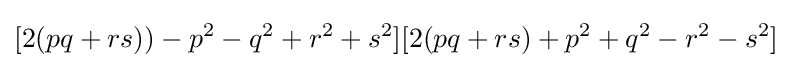
[2(pq+rs))-p^{2}-q^{2}+r^{2}+s^{2}][2(pq+rs)+p^{2}+q^{2}-r^{2}-s^{2}]